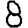
Digit: 8